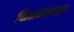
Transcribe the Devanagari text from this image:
विज्ञानकथातून